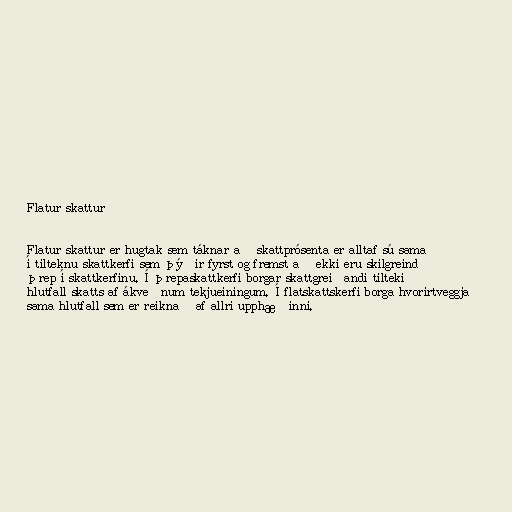
Flatur skattur

Flatur skattur er hugtak sem táknar að skattprósenta er alltaf sú sama
í tilteknu skattkerfi sem þýðir fyrst og fremst að ekki eru skilgreind
þrep í skattkerfinu. Í þrepaskattkerfi borgar skattgreiðandi tiltekið
hlutfall skatts af ákveðnum tekjueiningum. Í flatskattskerfi borga hvorirtveggja
sama hlutfall sem er reiknað af allri upphæðinni.